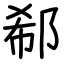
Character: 郗